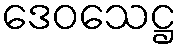
ဒေဝသေဋ္ဌ